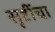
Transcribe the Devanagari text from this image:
सृष्टींचा